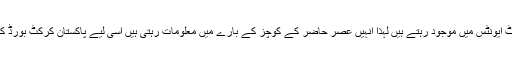
یہ چونکہ سارا سال مختلف ملکوں میں مختلف کرکٹ ایونٹس میں موجود رہتے ہیں لہٰذا انہیں عصر حاضر کے کوچز کے بارے میں معلومات رہتی ہیں اسی لیے پاکستان کرکٹ بورڈ کا خیال ہے کہ وہ زیادہ بہتر مشورہ دے سکتے ہیں۔